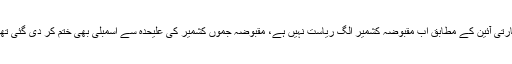
بھارتی آئین کے مطابق اب مقبوضہ کشمیر الگ ریاست نہیں ہے، مقبوضہ جموں کشمیر کی علیحدہ سے اسمبلی بھی ختم کر دی گئی تھی۔